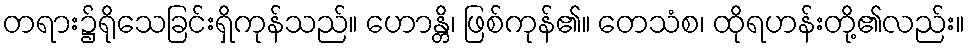
တရား၌ရိုသေခြင်းရှိကုန်သည်။ ဟောန္တိ၊ ဖြစ်ကုန်၏။ တေသံစ၊ ထိုရဟန်းတို့၏လည်း။